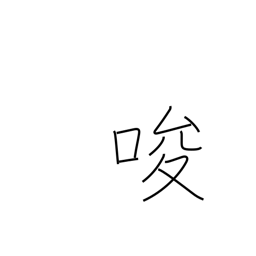
Meaning: tempt